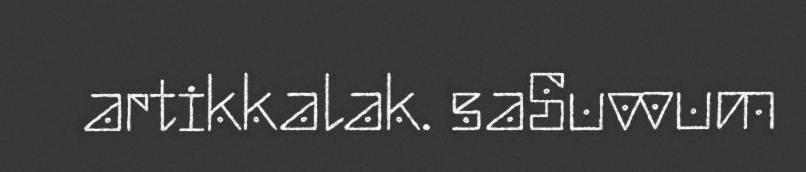
artikkalak. saSuvvum